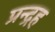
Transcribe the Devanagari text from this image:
प्रन्द्रह